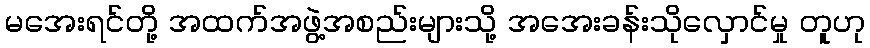
မအေးရင်တို့ အထက်အဖွဲ့အစည်းများသို့ အအေးခန်းသိုလှောင်မှု တူဟု